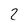
Character: 2